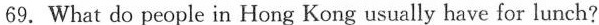
69. What do people in Hong Kong usually have for lunch?